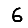
Digit: 6